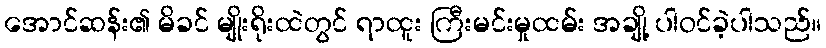
အောင်ဆန်း၏ မိခင် မျိုးရိုးထဲတွင် ရာထူး ကြီးမင်းမှုထမ်း အချို့ ပါဝင်ခဲ့ပါသည်။